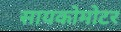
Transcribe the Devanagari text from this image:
सायकोमोटर